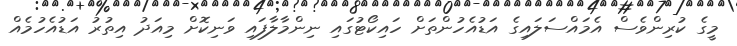
މީގެ ކުރިންވެސް އެމައްސަލައިގެ އަޑުއެހުންތަށް ހައިކޯޓުގައި ނިންމާލާފައި ވަނިކޮށް މިއަދު އިތުރު އަޑުއެހުމެއް